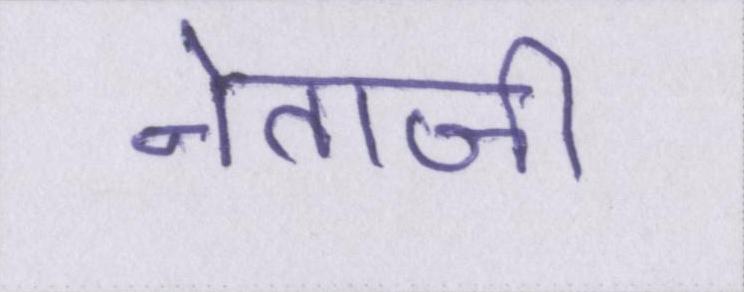
नेताजी